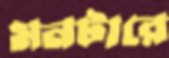
মনটারে